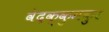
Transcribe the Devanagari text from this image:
वेदक्कुमकुर